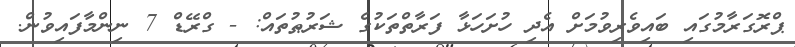
ޕްރޮގަރާމުގައި ބައިވެރިވުމަށް އެދި ހުށަހަޅާ ފަރާތްތަކުގެ ޝަރުޠުތައް: - ގްރޭޑް 7 ނިންމާފައިވުން.